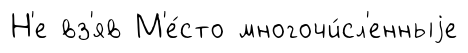
Н'е вз'яв М'е́сто многочи́сл'енныjе